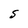
Character: S